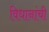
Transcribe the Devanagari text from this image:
विधानांची